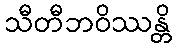
သီတီဘဝိဿန္တိ